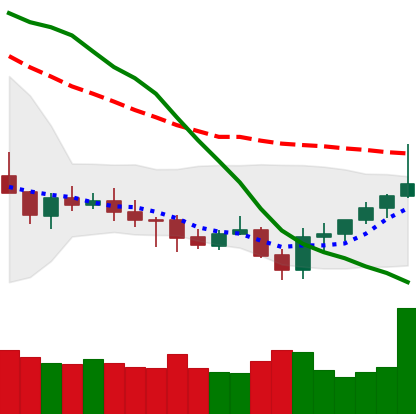
Ticker: XMR-USD
Chart end date: 2021-07-26
Forward return: 9.912%
Label: up_7plus